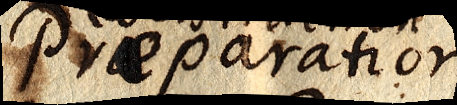
Preparation